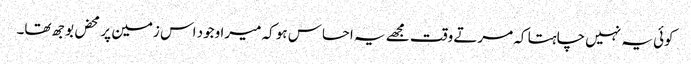
کوئی یہ نہیں چاہتا کہ مرتے وقت مجھے یہ احساس ہو کہ میرا وجود اس زمین پر محض بوجھ تھا۔